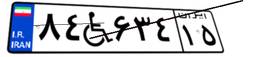
۸۴W۶۳۴۱۵